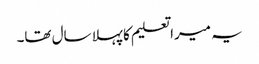
یہ میرا تعلیم کا پہلا سال تھا۔